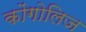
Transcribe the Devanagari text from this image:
कोंगोलिज